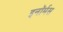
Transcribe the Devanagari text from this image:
इनॉर्मस